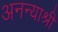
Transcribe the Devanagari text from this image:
अनन्याश्री